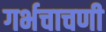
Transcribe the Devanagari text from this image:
गर्भचाचणी